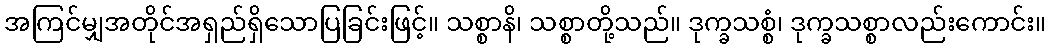
အကြင်မျှအတိုင်အရှည်ရှိသောပြခြင်းဖြင့်။ သစ္စာနိ၊ သစ္စာတို့သည်။ ဒုက္ခသစ္စံ၊ ဒုက္ခသစ္စာလည်းကောင်း။